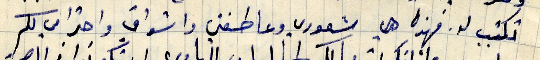
تكتب له. فهذا هي شعوري وعاطفتي واشواقي واحترامي لكم